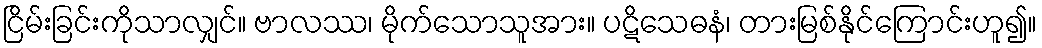
ငြိမ်းခြင်းကိုသာလျှင်။ ဗာလဿ၊ မိုက်သောသူအား။ ပဋိသေဓနံ၊ တားမြစ်နိုင်ကြောင်းဟူ၍။